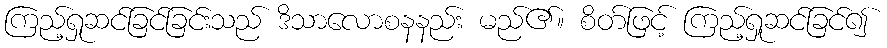
ကြည့်ရှုဆင်ခြင်ခြင်းသည် ဒိသာလောစနနည်း မည်၏။ စိတ်ဖြင့် ကြည့်ရှုဆင်ခြင်၍